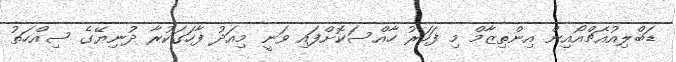
ޑަބްލިއުއެޗްއޯއިން އިންތިޒާމް މި ފަހަރު ހާއްސަކޮށްފައި ވަނީ މިއަދު ފާހަގަކުރާ ދުނިޔޭގެ ސިއްހަތު